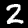
Digit: 2